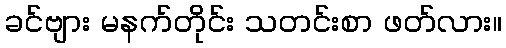
ခင်ဗျား မနက်တိုင်း သတင်းစာ ဖတ်လား။